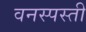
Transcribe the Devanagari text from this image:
वनस्पस्ती